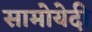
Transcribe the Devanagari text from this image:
सामोयेदी